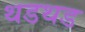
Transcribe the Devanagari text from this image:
थडथड